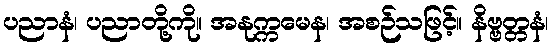
ပညာနံ၊ ပညာတို့ကို။ အနုက္ကမေန၊ အစဉ်သဖြင့်။ နိဗ္ဗတ္တနံ၊